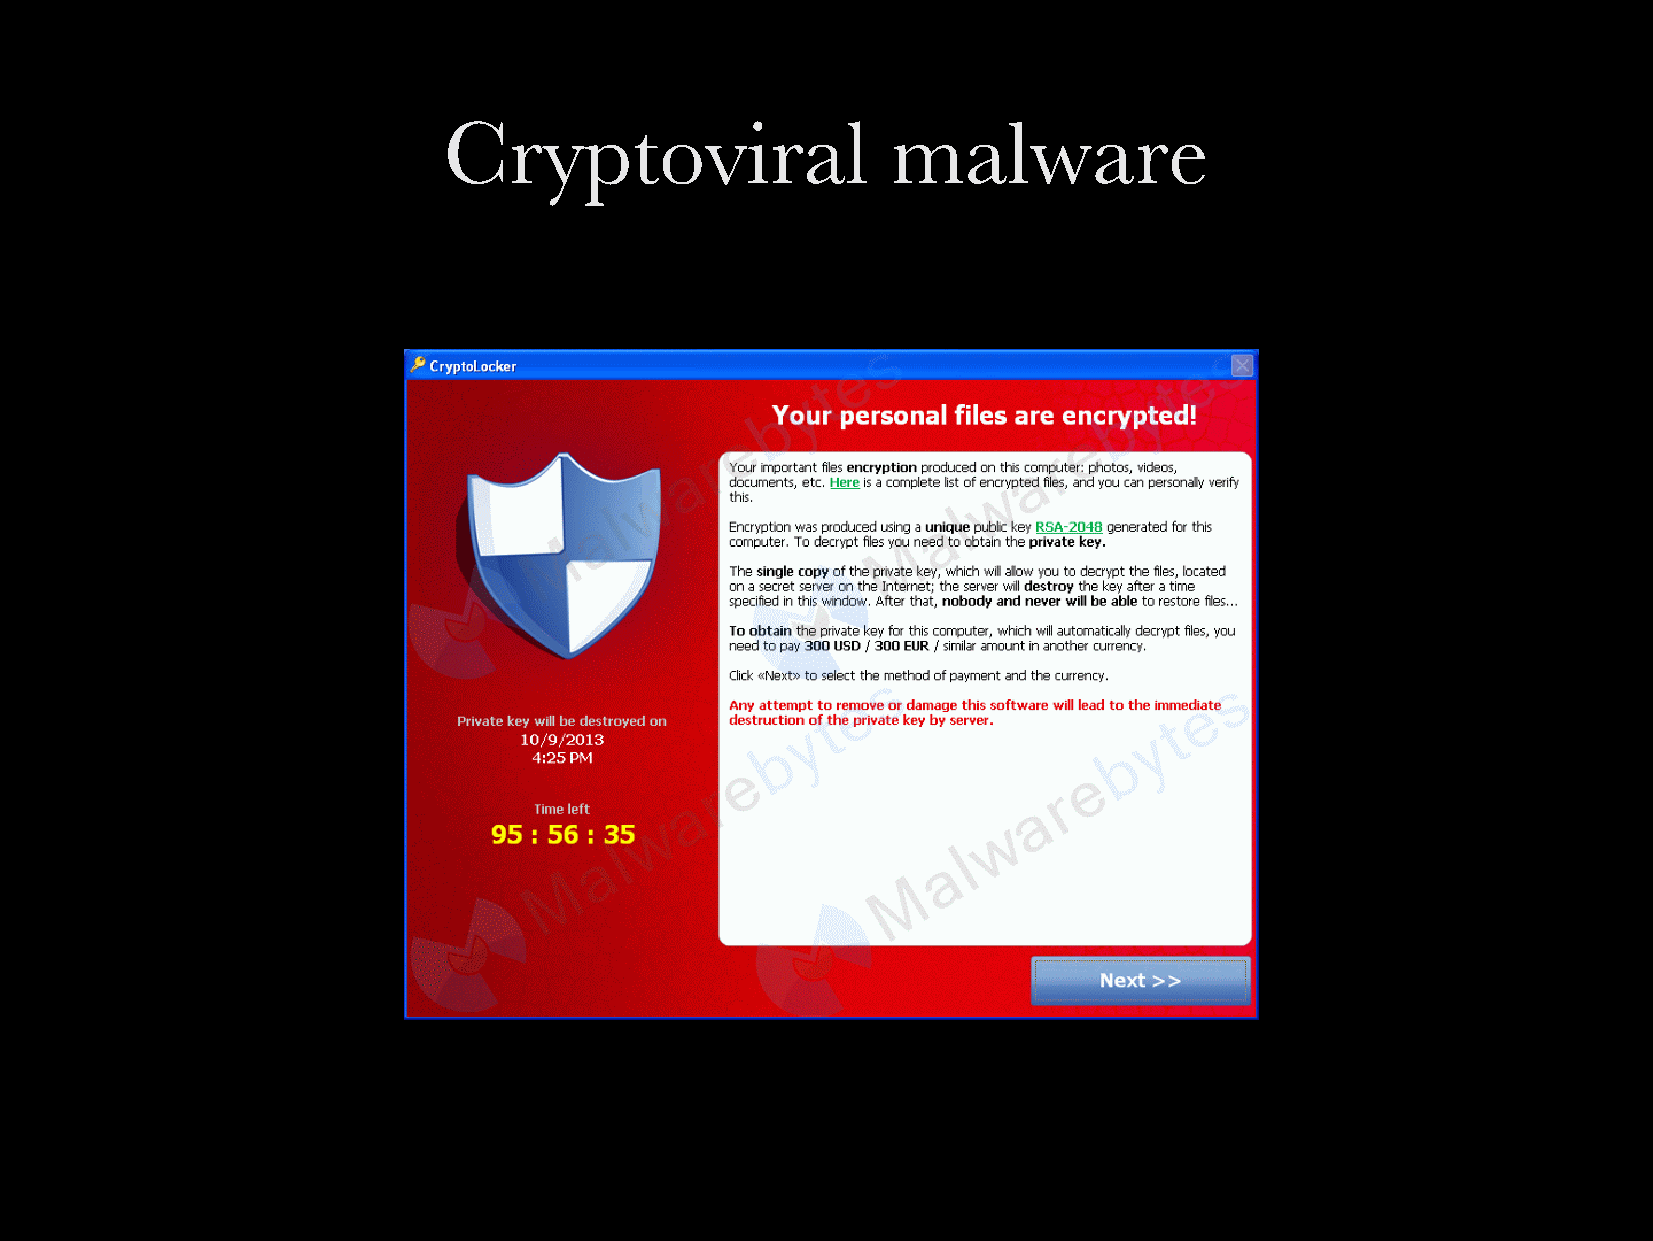
Cryptoviral                   malware